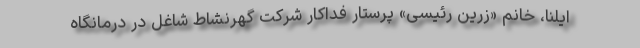
ایلنا، خانم «زرین رئیسی» پرستار فداکار شرکت گهرنشاط شاغل در درمانگاه